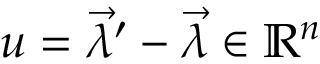
u = { \vec { \lambda } } ^ { \prime } - { \vec { \lambda } } \in \mathbb { R } ^ { n }